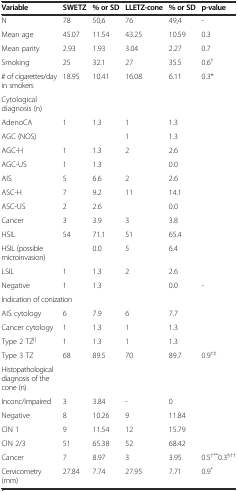
<table><thead><tr><td><b>Variable</b></td><td><b>SWETZ</b></td><td><b>% or SD</b></td><td><b>LLETZ-cone</b></td><td><b>% or SD</b></td><td><b>p-value</b></td></tr></thead><tbody><tr><td>N</td><td>78</td><td>50,6</td><td>76</td><td>49,4</td><td>-</td></tr><tr><td>Mean age</td><td>45.07</td><td>11.54</td><td>43.25</td><td>10.59</td><td>0.3</td></tr><tr><td>Mean parity</td><td>2.93</td><td>1.93</td><td>3.04</td><td>2.27</td><td>0.7</td></tr><tr><td>Smoking</td><td>25</td><td>32.1</td><td>27</td><td>35.5</td><td>0.6<sup>†</sup></td></tr><tr><td># of cigarettes/day in smokers</td><td>18.95</td><td>10.41</td><td>16.08</td><td>6.11</td><td>0.3*</td></tr><tr><td colspan="6">Cytological diagnosis (n)</td></tr><tr><td>AdenoCA</td><td>1</td><td>1.3</td><td>1</td><td>1.3</td><td></td></tr><tr><td>AGC (NOS)</td><td></td><td></td><td>1</td><td>1.3</td><td></td></tr><tr><td>AGC-H</td><td>1</td><td>1.3</td><td>2</td><td>2.6</td><td></td></tr><tr><td>AGC-US</td><td>1</td><td>1.3</td><td></td><td>0.0</td><td></td></tr><tr><td>AIS</td><td>5</td><td>6.6</td><td>2</td><td>2.6</td><td></td></tr><tr><td>ASC-H</td><td>7</td><td>9.2</td><td>11</td><td>14.1</td><td></td></tr><tr><td>ASC-US</td><td>2</td><td>2.6</td><td></td><td>0.0</td><td></td></tr><tr><td>Cancer</td><td>3</td><td>3.9</td><td>3</td><td>3.8</td><td></td></tr><tr><td>HSIL</td><td>54</td><td>71.1</td><td>51</td><td>65.4</td><td></td></tr><tr><td>HSIL (possible microinvasion)</td><td></td><td>0.0</td><td>5</td><td>6.4</td><td></td></tr><tr><td>LSIL</td><td>1</td><td>1.3</td><td>2</td><td>2.6</td><td></td></tr><tr><td>Negative</td><td>1</td><td>1.3</td><td></td><td>0.0</td><td>-</td></tr><tr><td colspan="6">Indication of conization</td></tr><tr><td>AIS cytology</td><td>6</td><td>7.9</td><td>6</td><td>7.7</td><td></td></tr><tr><td>Cancer cytology</td><td>1</td><td>1.3</td><td>1</td><td>1.3</td><td></td></tr><tr><td>Type 2 TZ<sup>||</sup></td><td>1</td><td>1.3</td><td>1</td><td>1.3</td><td></td></tr><tr><td>Type 3 TZ</td><td>68</td><td>89.5</td><td>70</td><td>89.7</td><td>0.9<sup>†‡</sup></td></tr><tr><td colspan="6">Histopathological diagnosis of the cone (n)</td></tr><tr><td>Inconc/impaired</td><td>3</td><td>3.84</td><td>-</td><td>0</td><td></td></tr><tr><td>Negative</td><td>8</td><td>10.26</td><td>9</td><td>11.84</td><td></td></tr><tr><td>CIN 1</td><td>9</td><td>11.54</td><td>12</td><td>15.79</td><td></td></tr><tr><td>CIN 2/3</td><td>51</td><td>65.38</td><td>52</td><td>68.42</td><td></td></tr><tr><td>Cancer</td><td>7</td><td>8.97</td><td>3</td><td>3.95</td><td>0.5<sup>†**</sup>0.3<sup>§††</sup></td></tr><tr><td>Cervicometry (mm)</td><td>27.84</td><td>7.74</td><td>27.95</td><td>7.71</td><td>0.9<sup>*</sup></td></tr></tbody></table>